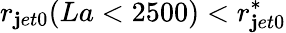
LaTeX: r_{\mathbf{j}et0}(La<2500)<r_{\mathbf{j}et0}^{*}